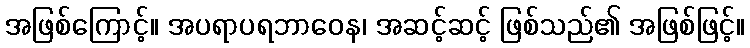
အဖြစ်ကြောင့်။ အပရာပရဘာဝေန၊ အဆင့်ဆင့် ဖြစ်သည်၏ အဖြစ်ဖြင့်။